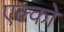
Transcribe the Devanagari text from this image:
एल्को